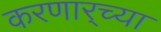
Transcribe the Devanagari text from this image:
करणार्‍च्या